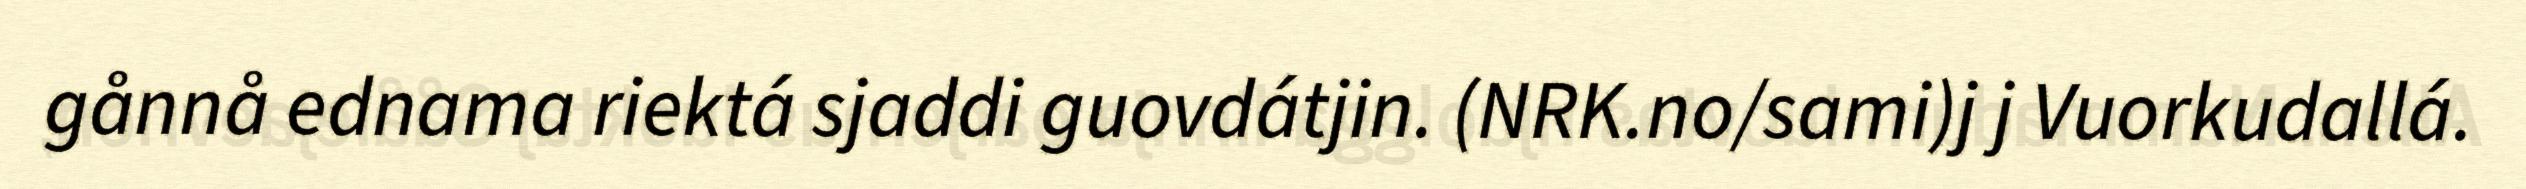
gånnå ednama riektá sjaddi guovdátjin. (NRK.no/sami)j j Vuorkudallá.